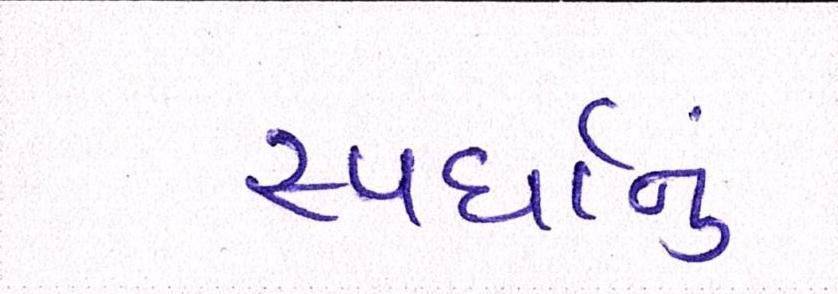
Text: સ્પર્ધાનું